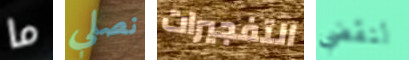
ما نصلي التفجيرات لنقضي